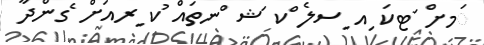
ަމށް ަޓކަ ިއ ިސލެ ްކ ަޝ ްނތައް ުކ ިރއަށް ެގންދާ